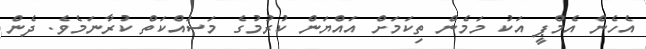
އެހެން އެމްޕީ އަކު މަމެން ތިކަމަށް އައްޔަން ކުރުމުގެ މަސައްކަތް ކުރާނަމެވެ. ދެން